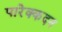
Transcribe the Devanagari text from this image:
पारेक्कदन